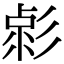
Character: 𢒦